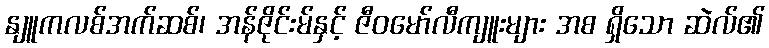
နျူကလစ်အက်ဆစ်၊ အန်ဇိုင်းမ်နှင့် ဇီဝမော်လီကျူးများ အစ ရှိသော ဆဲလ်၏